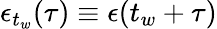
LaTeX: \epsilon_{t_{w}}(\tau)\equiv\epsilon(t_{w}+\tau)